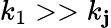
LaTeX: k_{1}>>k_{\mathbf{j}}